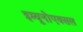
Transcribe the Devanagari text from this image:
इम्यूनोएक्सल